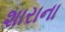
શારાના